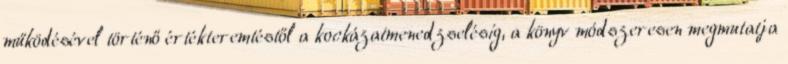
működésével történő értékteremtéstől a kockázatmenedzselésig, a könyv módszeresen megmutatja